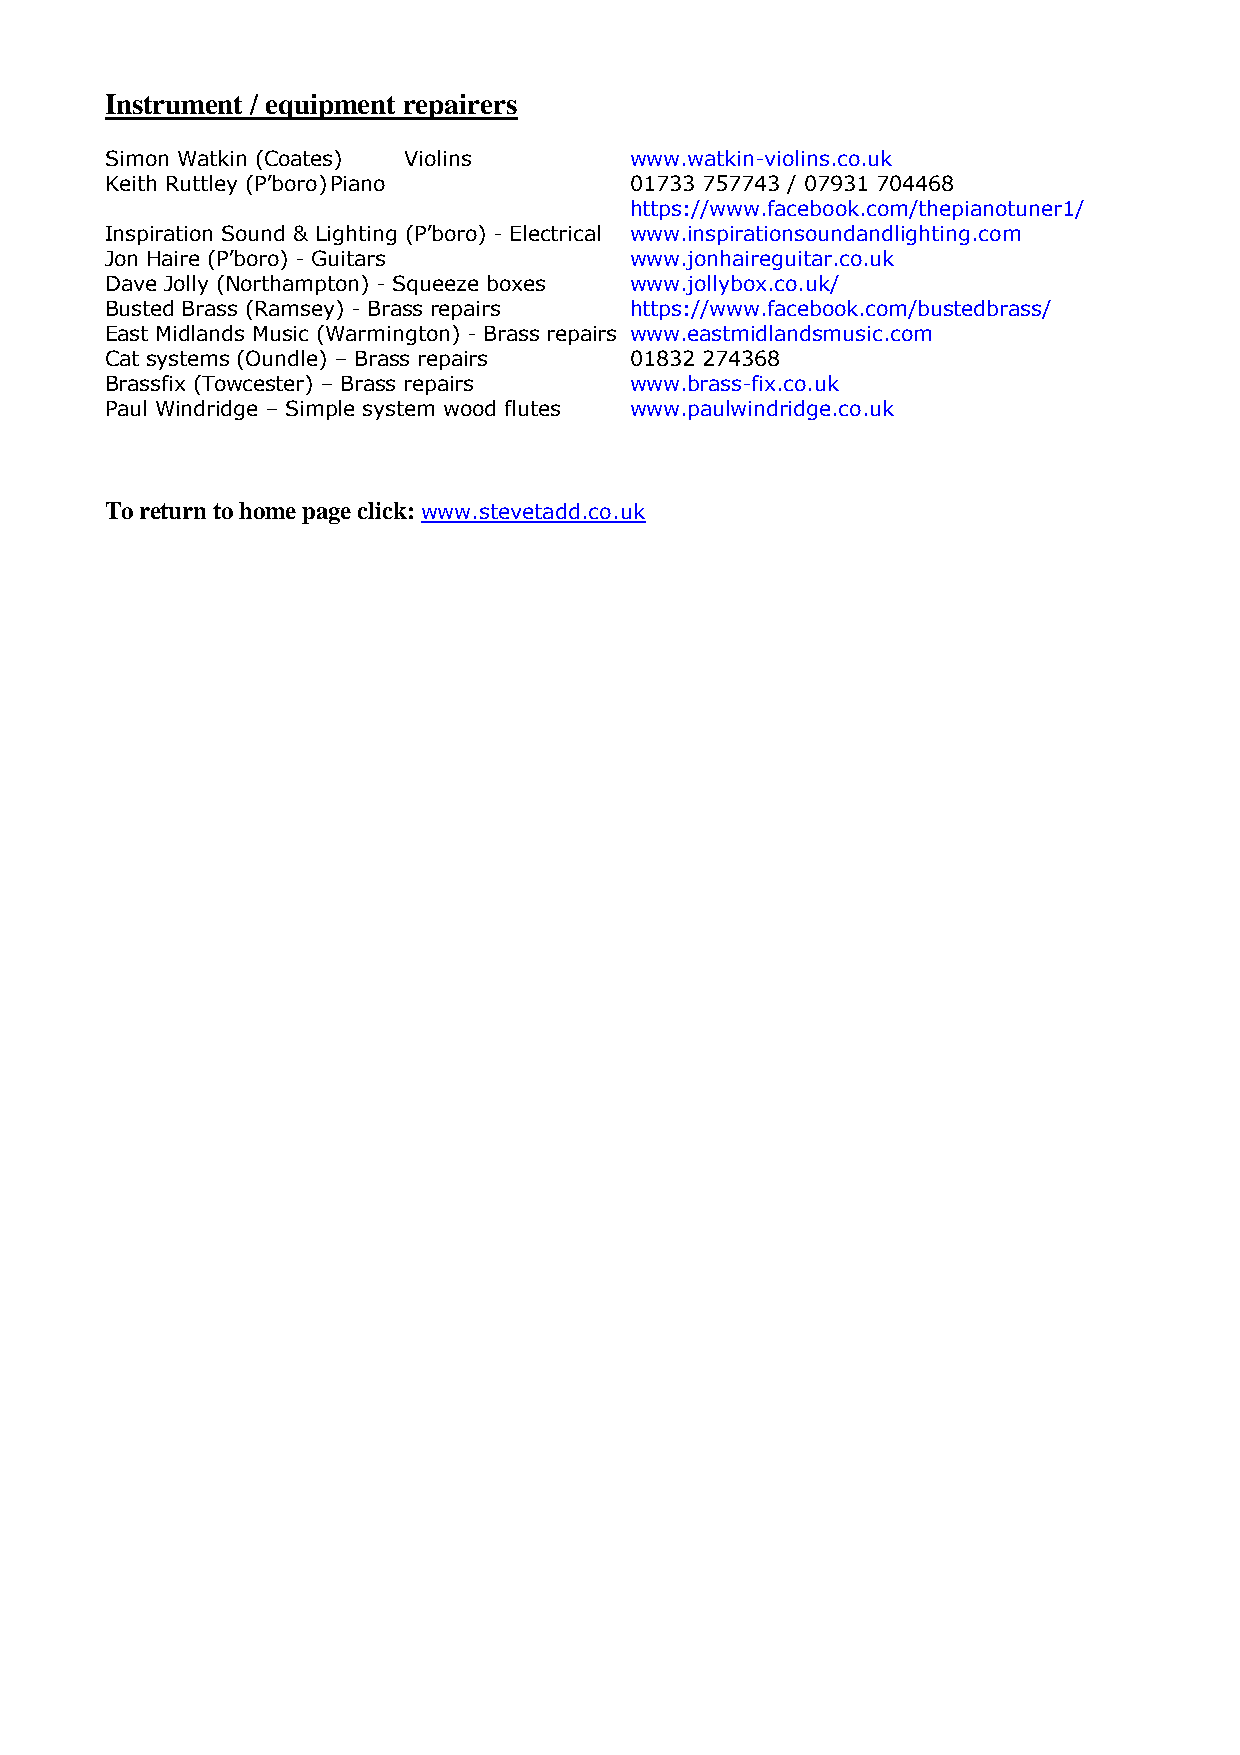
Instrument / equipment repairers
 Simon Watkin (Coates) Violins      www.watkin-violins.co.uk
 Keith Ruttley (P’boro) Piano       01733 757743 / 07931 704468
 https://www.facebook.com/thepianotuner1/
 Inspiration Sound & Lighting (P’boro) - Electrical www.inspirationsoundandlighting.com
 Jon Haire (P’boro) - Guitars       www.jonhaireguitar.co.uk
 Dave Jolly (Northampton) - Squeeze boxes www.jollybox.co.uk/
 Busted Brass (Ramsey) - Brass repairs https://www.facebook.com/bustedbrass/
 East Midlands Music (Warmington) - Brass repairs www.eastmidlandsmusic.com
 Cat systems (Oundle) – Brass repairs 01832 274368
 Brassfix (Towcester) – Brass repairs www.brass-fix.co.uk
 Paul Windridge – Simple system wood flutes www.paulwindridge.co.uk
 To return to home page click: www.stevetadd.co.uk